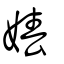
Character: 媋